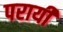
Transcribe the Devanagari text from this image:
परायी